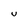
Character: U